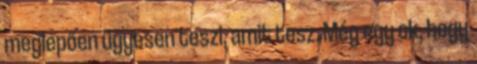
meglepően ügyesen teszi, amit tesz. Még egy ok, hogy